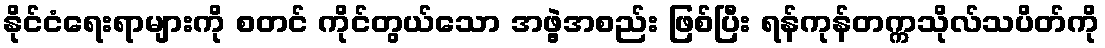
နိုင်ငံရေးရာများကို စတင် ကိုင်တွယ်သော အဖွဲ့အစည်း ဖြစ်ပြီး ရန်ကုန်တက္ကသိုလ်သပိတ်ကို